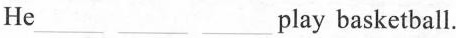
He___ ___ ___ play basketball.